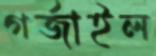
গর্‌জাইল